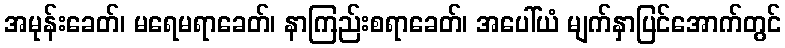
အမုန်းခေတ်၊ မရေမရာခေတ်၊ နာကြည်းစရာခေတ်၊ အပေါ်ယံ မျက်နှာပြင်အောက်တွင်